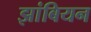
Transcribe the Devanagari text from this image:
झांबियन